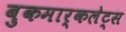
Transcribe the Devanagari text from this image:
बुकमार्कलेट्स